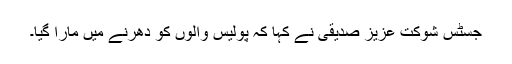
جسٹس شوکت عزیز صدیقی نے کہا کہ پولیس والوں کو دھرنے میں مارا گیا۔